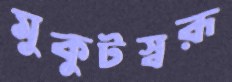
মুকুটস্বরূ